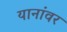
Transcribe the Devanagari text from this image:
यानांवर